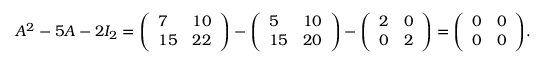
A ^ { 2 } - 5 A - 2 I _ { 2 } = { \left( \begin{array} { l l } { 7 } & { 1 0 } \\ { 1 5 } & { 2 2 } \end{array} \right) } - { \left( \begin{array} { l l } { 5 } & { 1 0 } \\ { 1 5 } & { 2 0 } \end{array} \right) } - { \left( \begin{array} { l l } { 2 } & { 0 } \\ { 0 } & { 2 } \end{array} \right) } = { \left( \begin{array} { l l } { 0 } & { 0 } \\ { 0 } & { 0 } \end{array} \right) } .